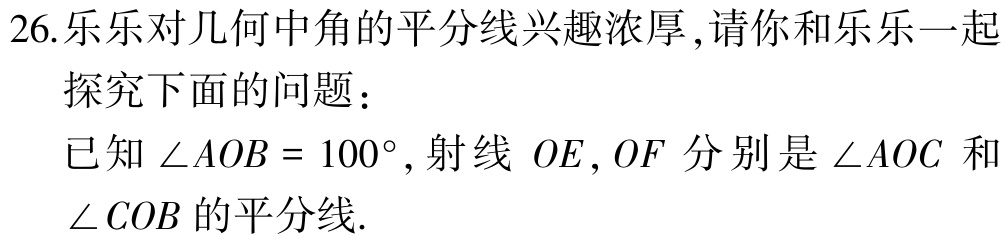
26.乐乐对几何中角的平分线兴趣浓厚,请你和乐乐一起

探究下面的问题：

已知$\angle AOB = 100^{\circ}$, 射线 $OE, OF$ 分别是 $\angle AOC$ 和

$\angle COB$ 的平分线.